画像に写った文字を読んでください
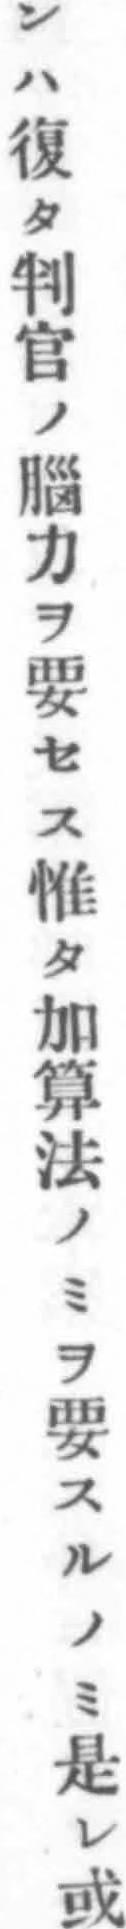
「ンハ復タ判官ノ腦力ヲ要セス惟タ加算法ノミヲ要スルノミ是レ或」と書いてあります